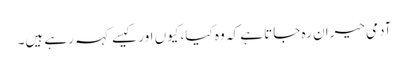
آدمی حیران رہ جاتا ہے کہ وہ کیا، کیوں اور کیسے کہہ رہے ہیں۔